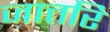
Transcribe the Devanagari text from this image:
जात्तरि